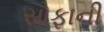
સોફાની